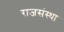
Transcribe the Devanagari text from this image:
राजसंस्था